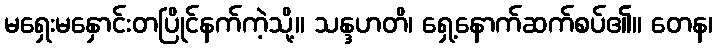
မရှေးမနှောင်းတပြိုင်နက်ကဲ့သို့။ သန္ဒဟတိ၊ ရှေ့နောက်ဆက်စပ်၏။ တေန၊